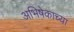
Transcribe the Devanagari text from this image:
अभिषेकाच्या